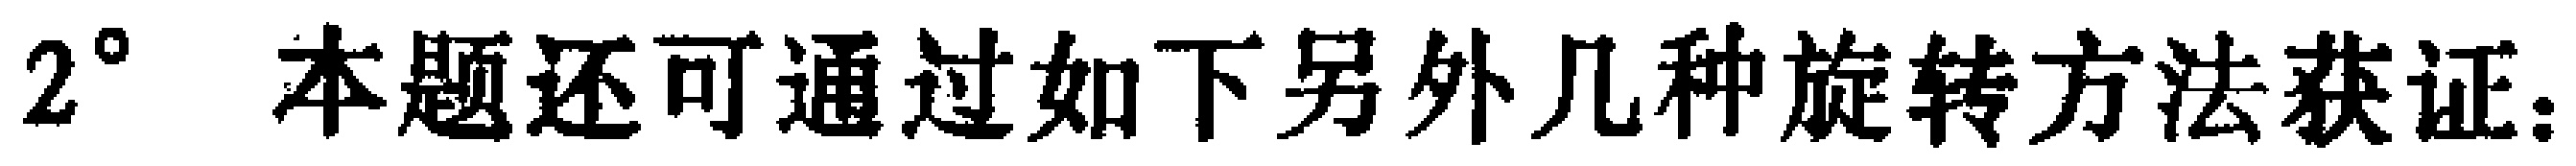
$2^{\circ}$ 本题还可通过如下另外几种旋转方法获证：